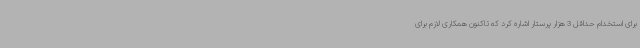
برای استخدام حداقل 3 هزار پرستار اشاره کرد که تاکنون همکاری لازم برای